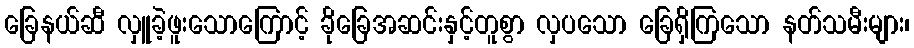
ခြေနယ်ဆီ လှူခဲ့ဖူးသောကြောင့် ခိုခြေအဆင်းနှင့်တူစွာ လှပသော ခြေရှိကြသော နတ်သမီးများ၊